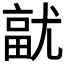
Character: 𭕓